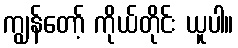
ကျွန်တော့် ကိုယ်တိုင်း ယူပါ။